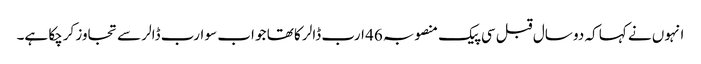
انہوں نے کہا کہ دو سال قبل سی پیک منصوبہ 46 ارب ڈالر کا تھا جو اب سو ارب ڈالر سے تجاوز کرچکا ہے۔